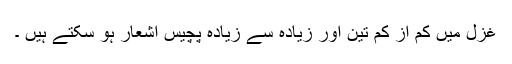
غزل میں کم از کم تین اور زیادہ سے زیادہ پچیس اشعار ہو سکتے ہیں ۔